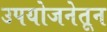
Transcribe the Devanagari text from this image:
उपयोजनेतून